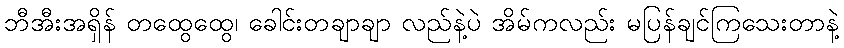
ဘီအီးအရှိန် တထွေထွေ၊ ခေါင်းတချာချာ လည်နဲ့ပဲ အိမ်ကလည်း မပြန်ချင်ကြသေးတာနဲ့